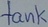
Text: tank